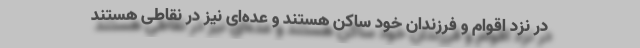
در نزد اقوام و فرزندان خود ساکن هستند و عده‌ای نیز در نقاطی هستند